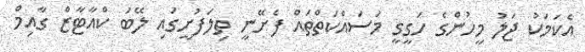
އެކަމަކު ޖަލު މީހުންގެ ހަގީގީ މަސައްކަތްތައް ފެށޭނީ ތިލަފުށީގައި ލޭބަ ކްއާޓާޒް ގާއިމް